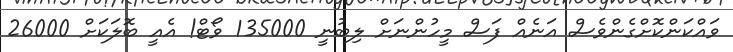
ވައްކަންކޮށްގެންވެސް އަނެއް ފަސް މީހުންނަށް ލިބުނީ 135000 ވޯޓް! އެއީ ބޮލަކަށް 26000